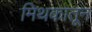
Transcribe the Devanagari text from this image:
मिथकातून